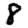
Digit: 8